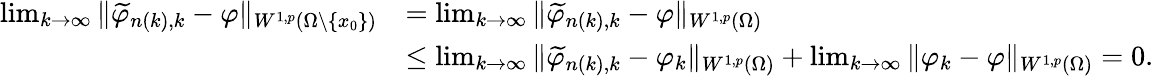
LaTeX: \begin{array}{rl}{\operatorname*{lim}_{k\to\infty}\| \widetilde{\varphi}_{n(k),k}-\varphi\| _{W^{1,p}(\Omega\setminus\{ x_{0}\} )}}&{=\operatorname*{lim}_{k\to\infty}\| \widetilde{\varphi}_{n(k),k}-\varphi\| _{W^{1,p}(\Omega)}}\\ &{\le\operatorname*{lim}_{k\to\infty}\| \widetilde{\varphi}_{n(k),k}-\varphi_{k}\| _{W^{1,p}(\Omega)}+\operatorname*{lim}_{k\to\infty}\| \varphi_{k}-\varphi\| _{W^{1,p}(\Omega)}=0.}\end{array}